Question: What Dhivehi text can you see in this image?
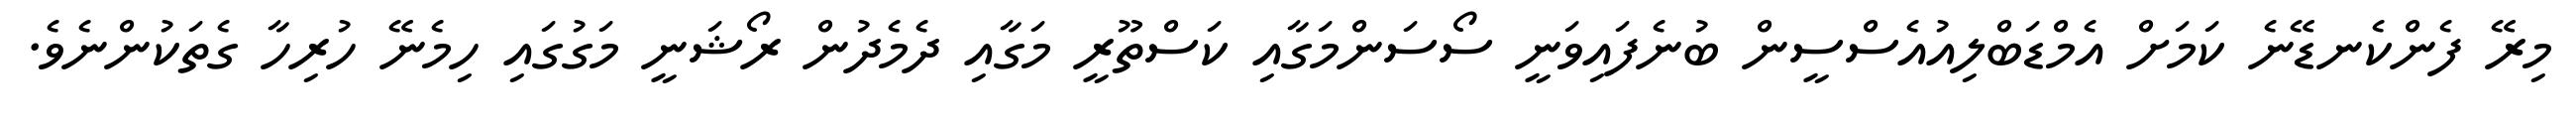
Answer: މިރޭ ފެންކެނޑޭނެ ކަމަށް އެމްޑަބްލިއުއެސްސީން ބުނެފައިވަނީ ސޯސަންމަގާއި ކަސްތޫރީ މަގާއި ދެމެދުން ރޯޝަނީ މަގުގައި ހިމެނޭ ހުރިހާ ގެތަކުންނެވެ.